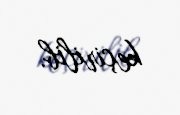
keçirilib.